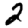
Digit: 2